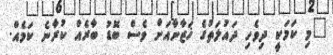
"މި ކަމަކީ ދިވެހި ދައުލަތުގެ ޚަޒާނާއަށް ވެސް ބޮޑު ބާރެއް ކުރާނެ ކަމެއް.